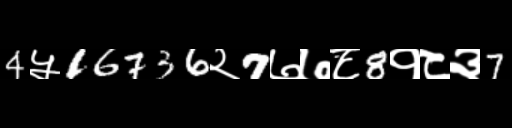
Text: 4५16736२7७७८8१८३7